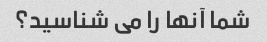
شما آنها را می شناسید؟